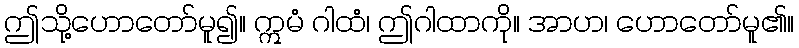
ဤသို့ဟောတော်မူ၍။ ဣမံ ဂါထံ၊ ဤဂါထာကို။ အာဟ၊ ဟောတော်မူ၏။